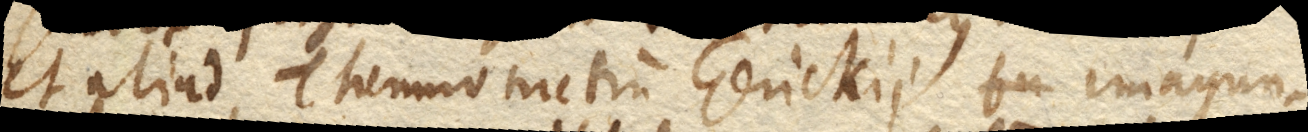
et aliud Thermometrum Gerickii imagun–